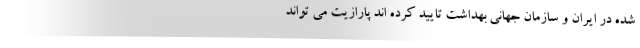
شده در ایران و سازمان جهانی بهداشت تایید کرده اند پارازیت می تواند